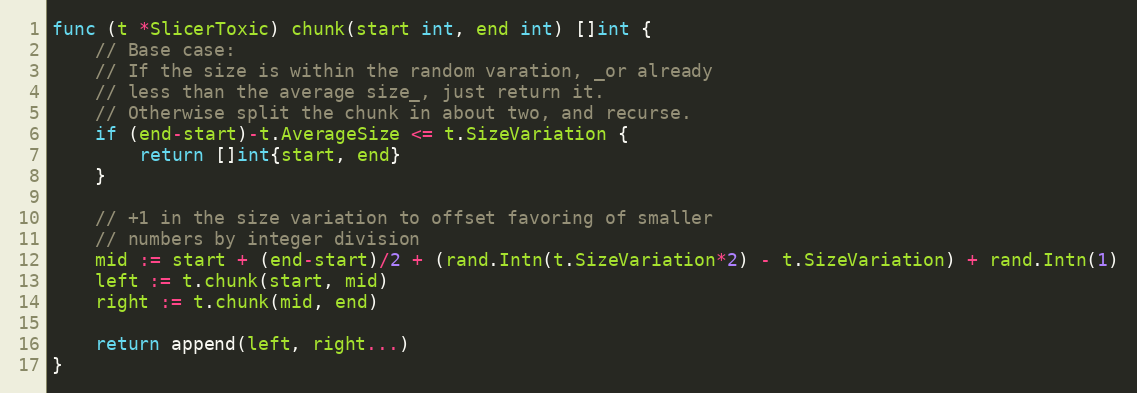
Language: Go
func (t *SlicerToxic) chunk(start int, end int) []int {
	// Base case:
	// If the size is within the random varation, _or already
	// less than the average size_, just return it.
	// Otherwise split the chunk in about two, and recurse.
	if (end-start)-t.AverageSize <= t.SizeVariation {
		return []int{start, end}
	}

	// +1 in the size variation to offset favoring of smaller
	// numbers by integer division
	mid := start + (end-start)/2 + (rand.Intn(t.SizeVariation*2) - t.SizeVariation) + rand.Intn(1)
	left := t.chunk(start, mid)
	right := t.chunk(mid, end)

	return append(left, right...)
}